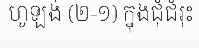
ហូឡង់ (២-១) ក្នុងជុំជំរុះ